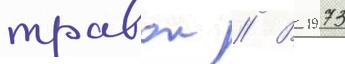
травои // В 1973